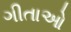
ગીતાઓ